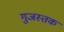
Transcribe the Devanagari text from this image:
गुजस्तक